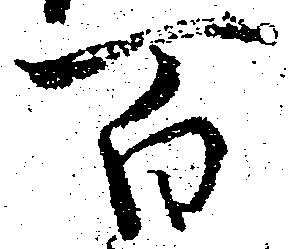
百